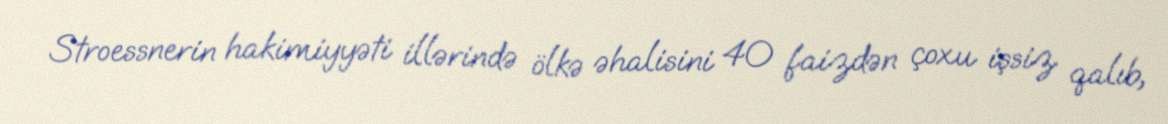
Stroessnerin hakimiyyəti illərində ölkə əhalisini 40 faizdən çoxu işsiz qalıb,